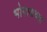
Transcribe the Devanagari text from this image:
भोगायच्या